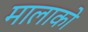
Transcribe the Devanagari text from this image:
मालाको